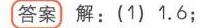
**答案** 解：(1) \(1.6\)；